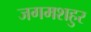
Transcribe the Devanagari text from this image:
जगमशहुर